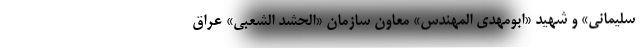
سلیمانی» و شهید «ابومهدی المهندس» معاون سازمان «الحشد الشعبی» عراق